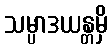
သမ္ပာဒယန္တမှိ